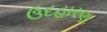
ઉદહારણ